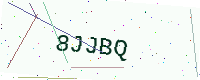
Text: 8JJBQ